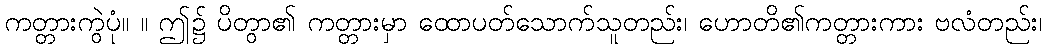
ကတ္တားကွဲပုံ။ ။ ဤ၌ ပိတွာ၏ ကတ္တားမှာ ထောပတ်သောက်သူတည်း၊ ဟောတိ၏ကတ္တားကား ဗလံတည်း၊